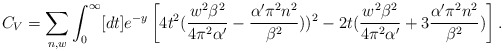
\begin{align*}C_V = \sum_{n,w} \int_{0}^{\infty} [dt] e^{-y} \left [ 4 t^2 ({{w^2 \beta^2}\over{4\pi^2 \alpha^{\prime}}} - {{\alpha^{\prime} \pi^2 n^2}\over{\beta^2}} ))^2 - 2t ({{w^2 \beta^2}\over{4\pi^2 \alpha^{\prime}}} + 3 {{\alpha^{\prime} \pi^2 n^2}\over{\beta^2}} )\right ] .\end{align*}